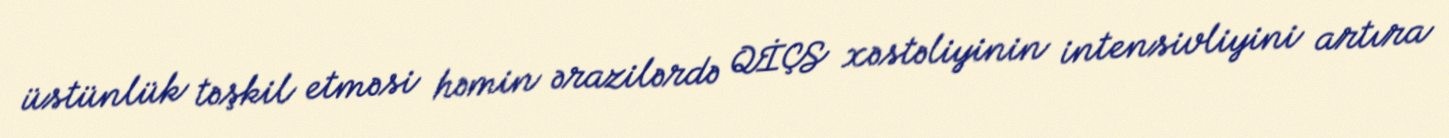
üstünlük təşkil etməsi həmin ərazilərdə QİÇS xəstəliyinin intensivliyini artıra